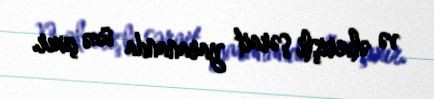
və əlverişli şərait yarananda üzə çıxır.